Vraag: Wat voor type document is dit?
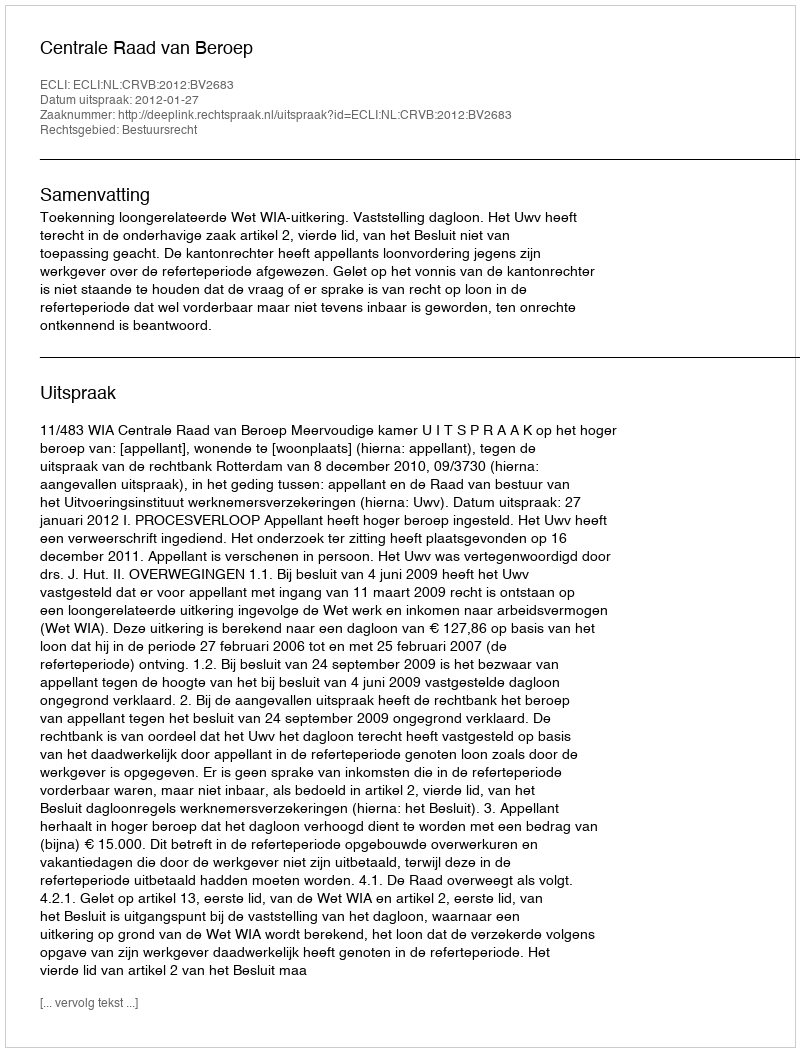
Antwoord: Uitspraak